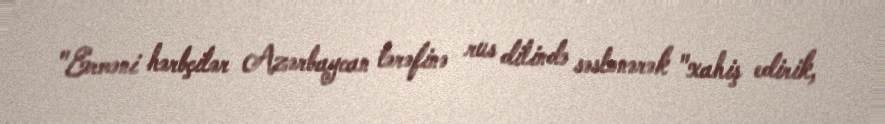
"Erməni hərbçilər Azərbaycan tərəfinə rus dilində səslənərək "xahiş edirik,